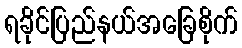
ရခိုင်ပြည်နယ်အခြေစိုက်